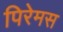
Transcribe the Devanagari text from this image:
पिरेमस